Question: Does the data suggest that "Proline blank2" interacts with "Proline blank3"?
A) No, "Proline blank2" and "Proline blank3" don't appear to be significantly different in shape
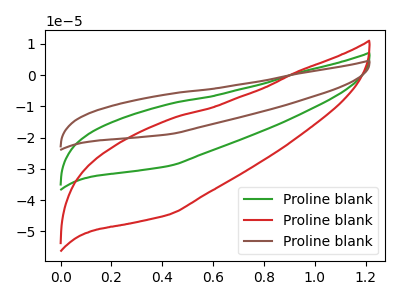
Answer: <think>The green curve "Proline blank1" has no peaks. The red curve "Proline blank2" has no peaks. The brown curve "Proline blank3" has no peaks.
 Neither "Proline blank2" or "Proline blank3" have any peaks.</think>
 <answer>A) No, "Proline blank2" and "Proline blank3" don't appear to be significantly different in shape</answer>
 <eval>A</eval>